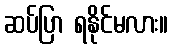
ဆပ်ပြာ ရနိုင်မလား။